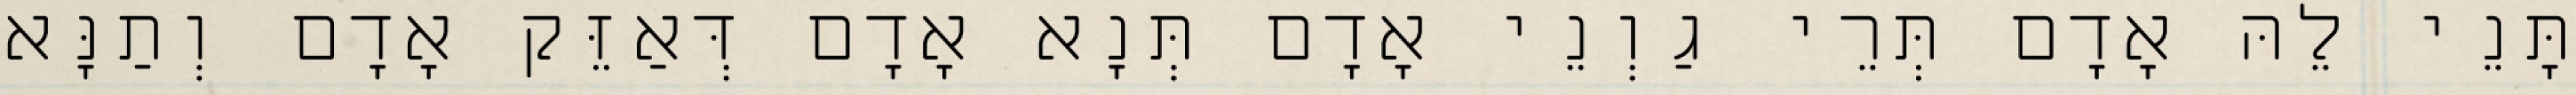
תָּנֵי לֵהּ אָדָם תְּרֵי גַוְנֵי אָדָם תְּנָא אָדָם דְּאַזֵּק אָדָם וְתַנָּא